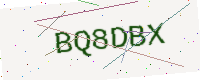
Text: BQ8DBX